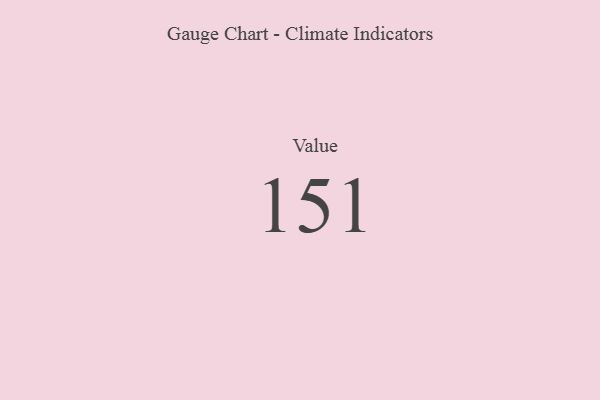
{"axis": {"x": "Metric", "y": "Value"}, "legend": [""], "data": [{"x": "Value", "y": 151, "type": ""}]}